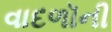
વાદળૉની